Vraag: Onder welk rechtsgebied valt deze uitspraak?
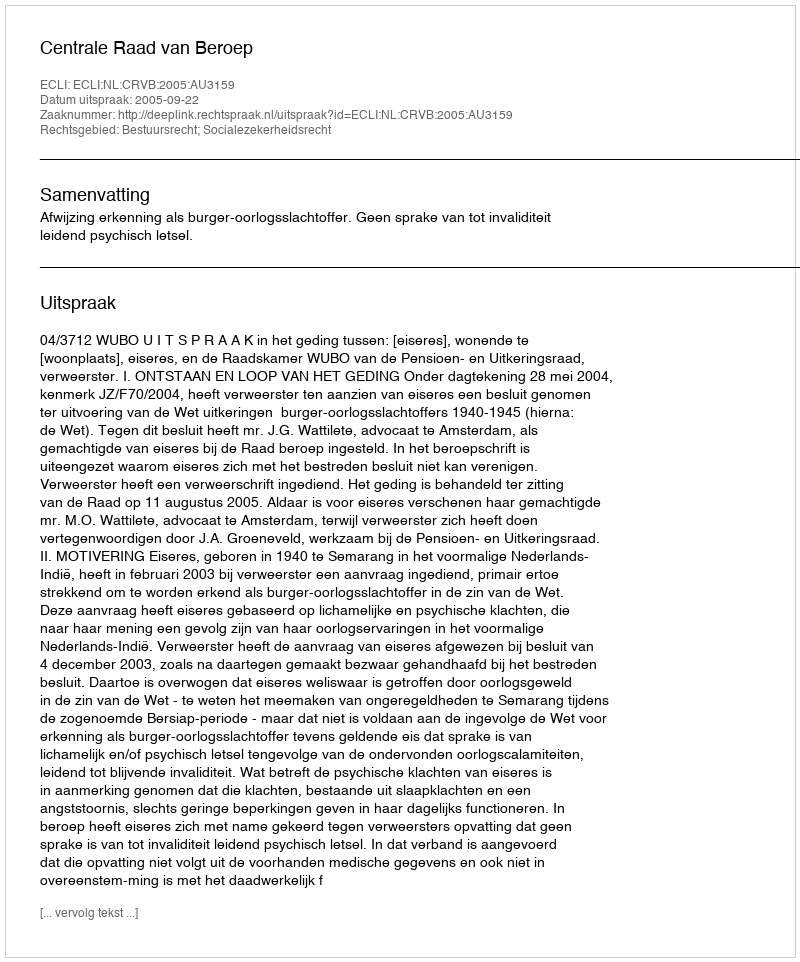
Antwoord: Bestuursrecht; Socialezekerheidsrecht